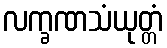
လက္ခဏသံယုတ္တံ